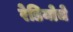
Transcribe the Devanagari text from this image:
रेडियोचे